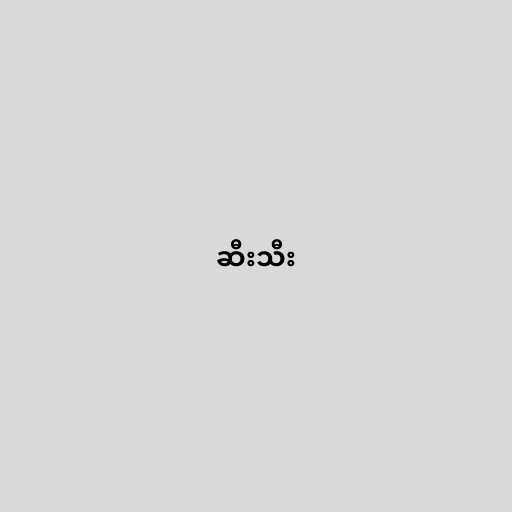
ဆီးသီး